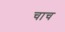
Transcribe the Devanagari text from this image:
चाच